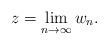
\begin{align*}z = \lim_{n\rightarrow \infty} w_n.\end{align*}